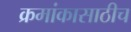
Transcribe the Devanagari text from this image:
क्रमांकासाठीच